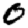
Digit: 0